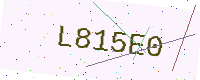
Text: L815E0